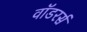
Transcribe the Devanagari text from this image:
वॉडरर्स